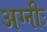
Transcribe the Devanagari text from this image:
अग्नीः